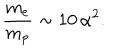
LaTeX: { \frac { m _ { e } } { m _ { p } } } \sim 1 0 \, \alpha ^ { 2 } .